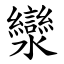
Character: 灓